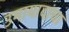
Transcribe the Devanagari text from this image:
उमायादांचा